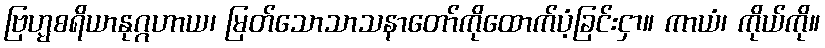
ဗြဟ္မစရိယာနုဂ္ဂဟာယ၊ မြတ်သောသာသနာတော်ကိုထောက်ပံ့ခြင်းငှာ။ ကာယံ၊ ကိုယ်ကို။